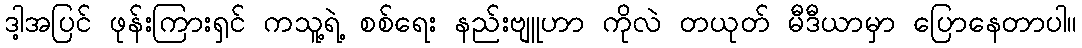
ဒါ့အပြင် ဖုန်းကြားရှင် ကသူ့ရဲ့ စစ်ရေး နည်းဗျူဟာ ကိုလဲ တယုတ် မီဒီယာမှာ ပြောနေတာပါ။